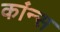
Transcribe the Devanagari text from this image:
कांन्स